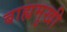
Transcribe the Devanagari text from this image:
बाह्यमुखी